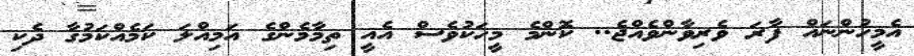
އެމީހުންނައް ފާރަ ވެރިވާންވެއްޖެ.. ކޮންމެ މީހަކުވެސް އެއީ ތިމާމެންގެ އަމިއްލަ ކަމެއްކަމުގާ ދެކި